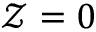
\mathcal { Z } = 0